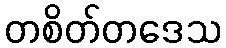
တစိတ်တဒေသ